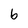
Character: b